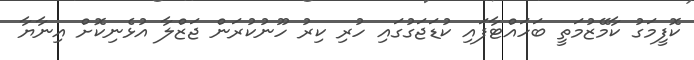
ކޮފީމަގު ކާމޭޒުމަތީ ބަހައްޓާފައި ކުޑަޖަގުގައި ހުރި ކިރު ހޫނުކުރަން ޖަޒްލާ އުޅެނިކޮށް އިނާޔާ